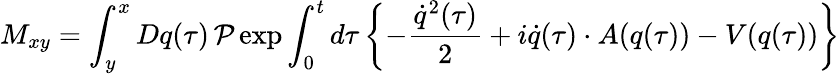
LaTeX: M_{xy}=\int_{y}^{x}Dq(\tau)\, {\cal P}\exp\int_{0}^{t}d\tau\left\{ -\frac{\dot{q}^{2}(\tau)}{2}+i\dot{q}(\tau)\cdot A(q(\tau))-V(q(\tau))\right\}